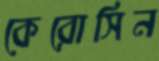
কেরোসিন